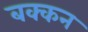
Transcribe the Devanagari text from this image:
बक्कन